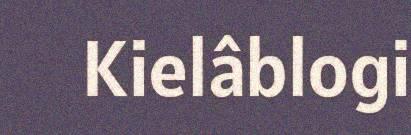
Kielâblogi